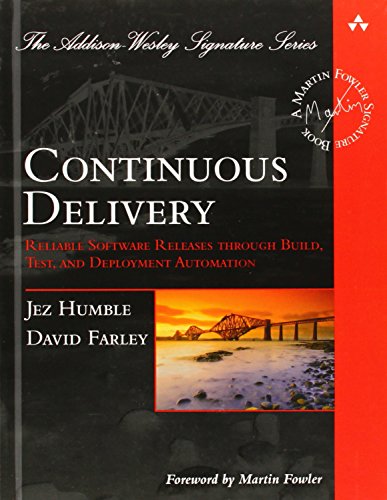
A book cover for Continuous Delivery: Reliable Software Releases through Build, Test, and Deployment Automation (Addison-Wesley Signature Series (Fowler)); Jez Humble; Computers & Technology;